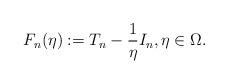
LaTeX: \begin{align*}F_n(\eta) := T_n - \frac{1}{\eta} I_n, \eta \in \Omega.\end{align*}